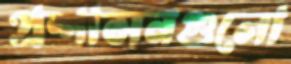
প্রশাসনগুলো